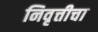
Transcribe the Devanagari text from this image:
निवृत्तीचा